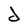
Character: d